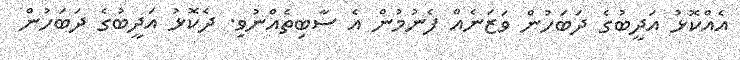
އެއްކޮޅު އަދީބުގެ ދަބަހުން ވަޒަނެއް ފެނުމުން އެ ސާބިތެއްނުވި. ދެކޮޅު އަދީބުގެ ދަބަހުން